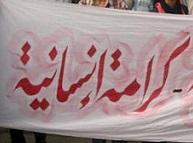
كراتانبانيتت